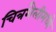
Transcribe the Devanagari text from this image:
चित्रशैलीमध्ये